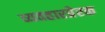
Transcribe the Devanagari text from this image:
व्यवहारप्रेरक